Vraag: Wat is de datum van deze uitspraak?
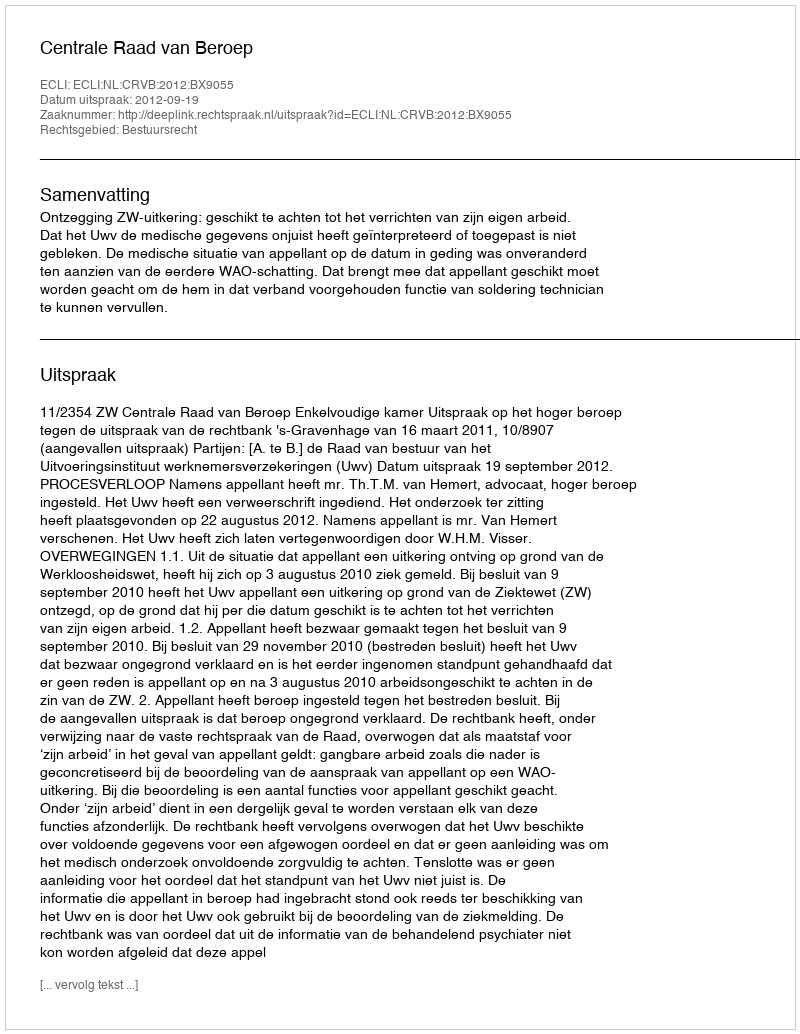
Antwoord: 2012-09-19